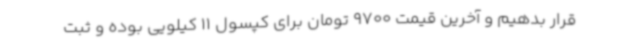
قرار بدهیم و آخرین قیمت 9700 تومان برای کپسول 11 کیلویی بوده و ثبت